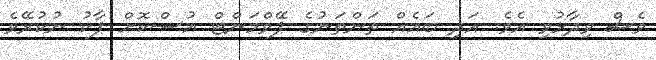
ވެސް ވިދާޅުވި އެވެ. އަދި ބައެއް ތަންތަނުގެ ޕޭވްމަންޓް އުސްކޮށް ޕާކު ނުކުރޭވެ